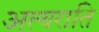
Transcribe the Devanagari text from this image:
अत्यराति